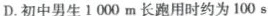
D.初中男生1000m长跑用时约为100s